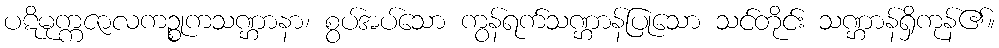
ပဋိမုက္ကဇာလကဉ္စုကသဏ္ဌာနာ၊ စွပ်အပ်သော ကွန်ရက်သဏ္ဌာန်ပြုသော သင်တိုင်း သဏ္ဌာန်ရှိကုန်၏။